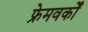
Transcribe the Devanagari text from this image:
फ्रेमवर्कों